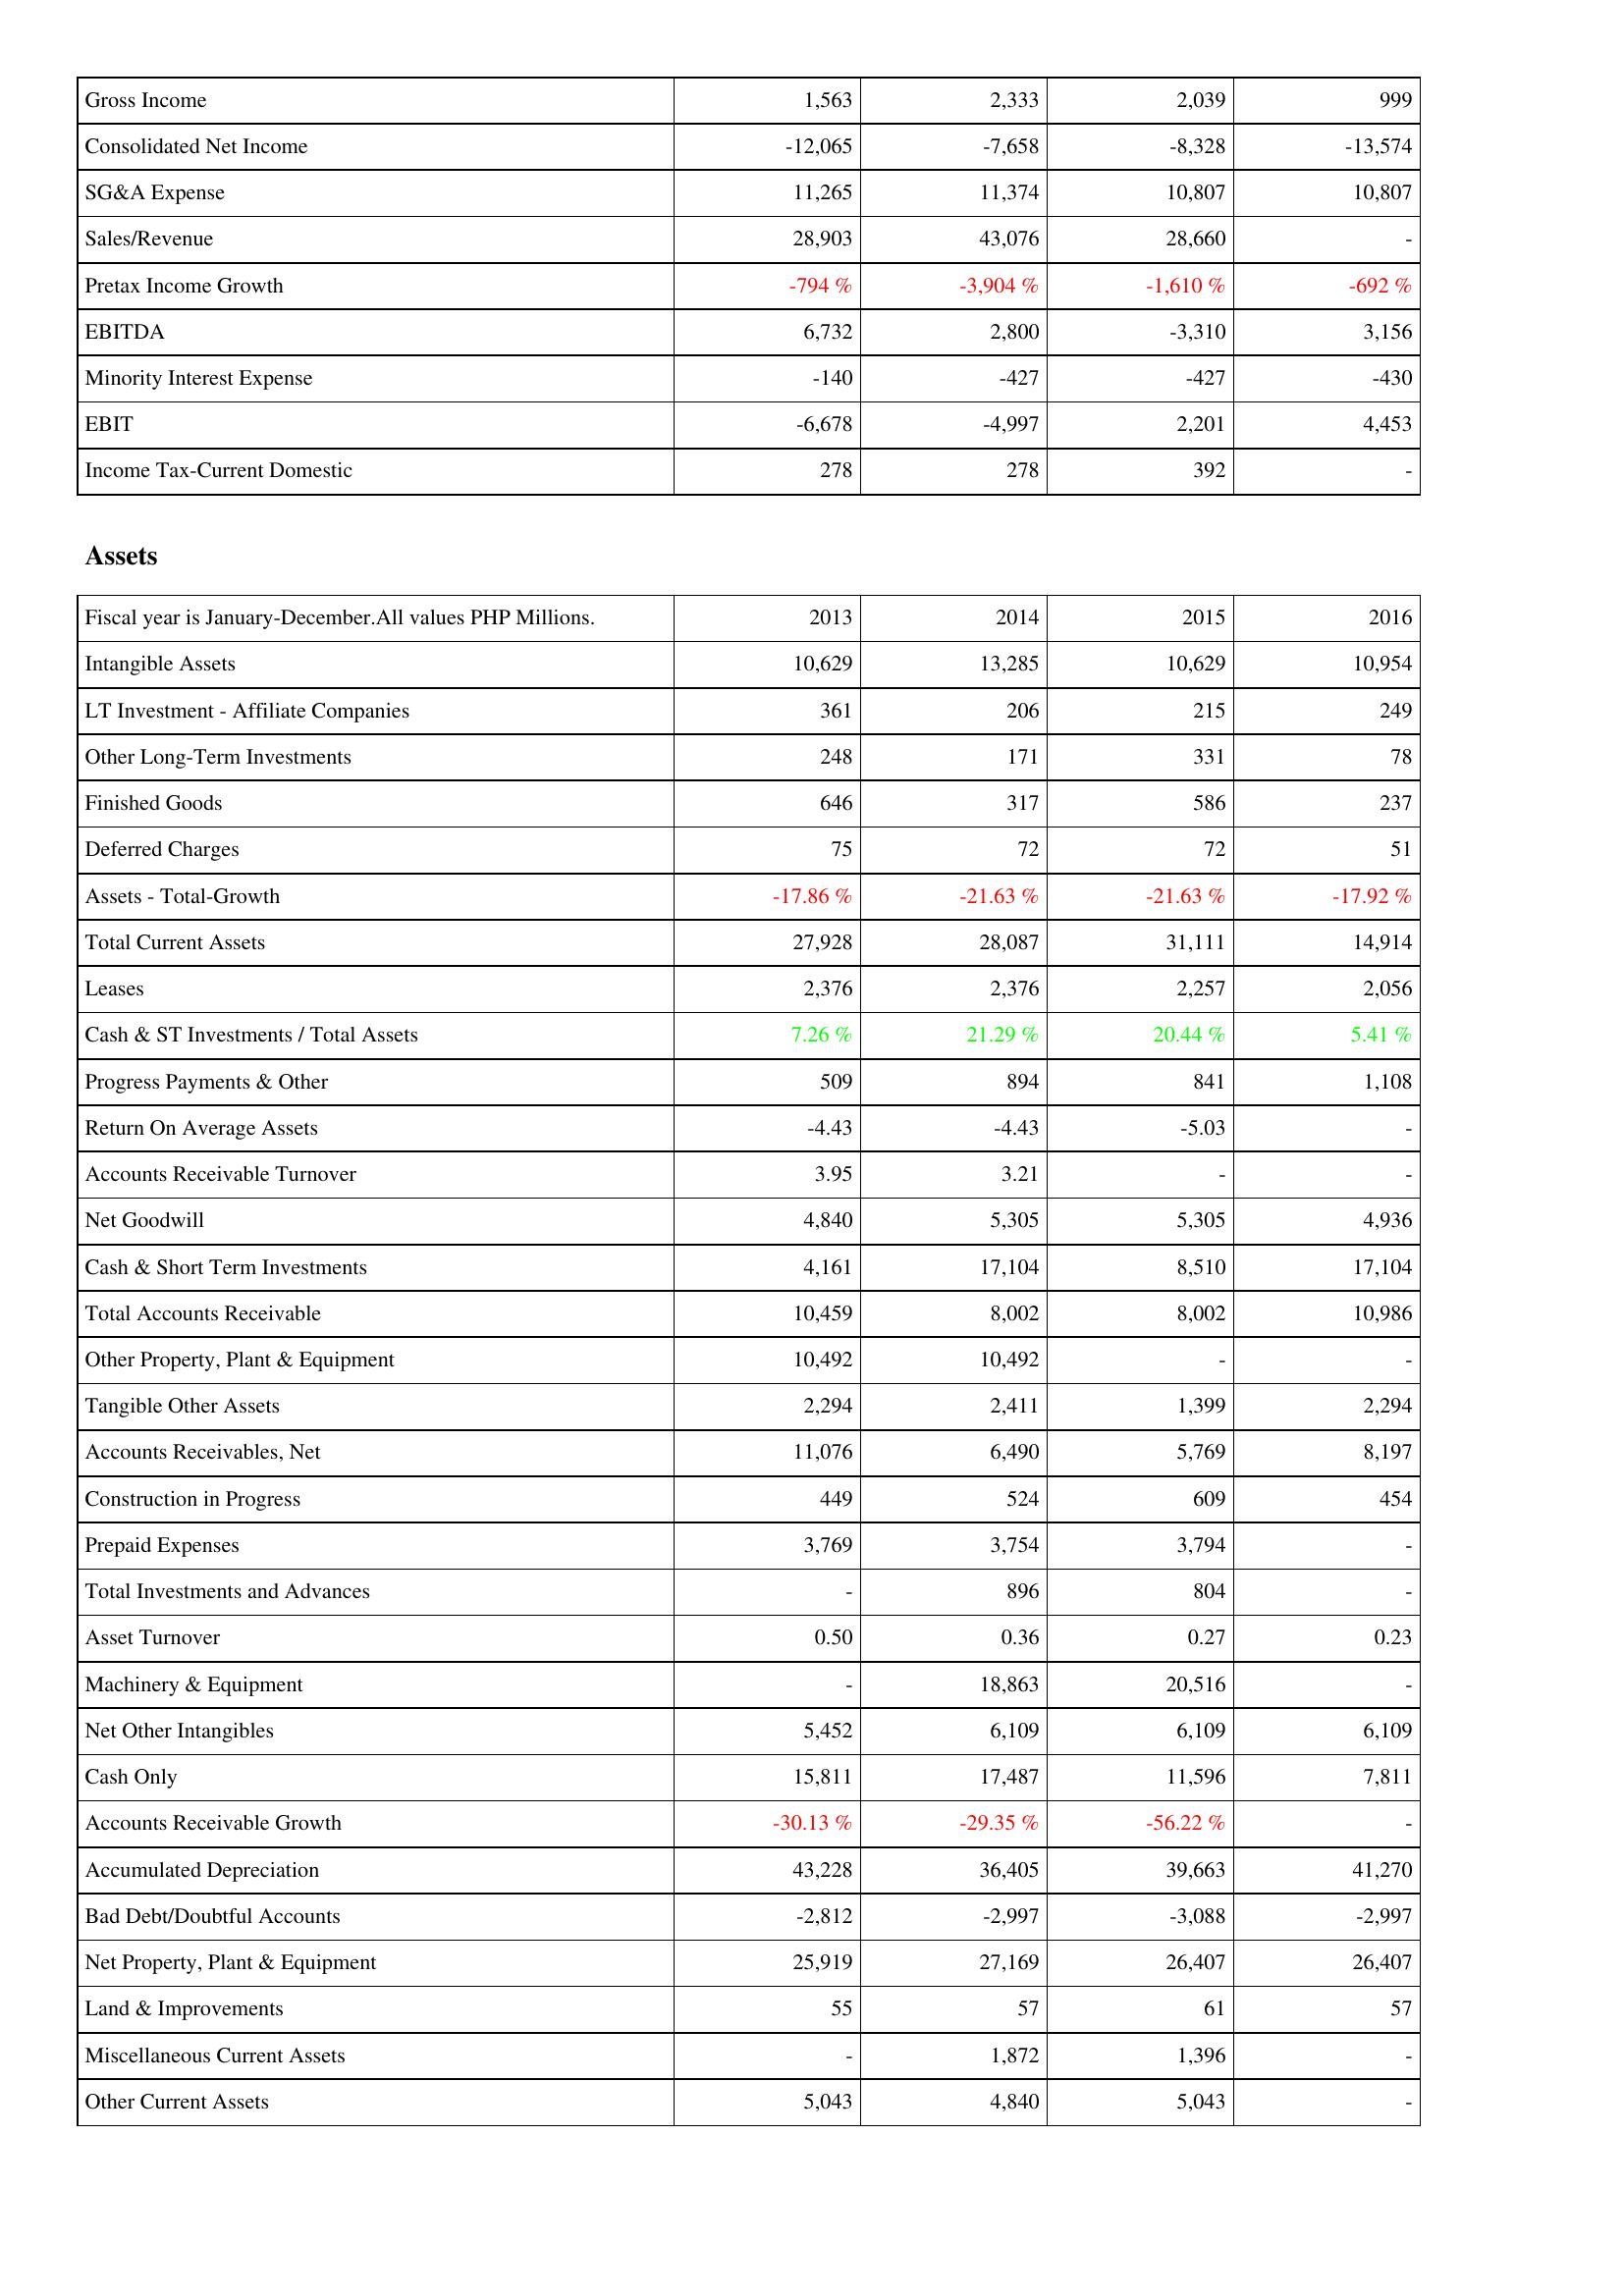
2013: Income Statement: Gross Income: 1,563
Consolidated Net Income: -12,065
SG&A Expense: 11,265
Sales/Revenue: 28,903
Pretax Income Growth: -794 %
EBITDA: 6,732
Minority Interest Expense: -140
EBIT: -6,678
Income Tax-Current Domestic: 278
Assets: Intangible Assets: 10,629
LT Investment - Affiliate Companies: 361
Other Long-Term Investments: 248
Finished Goods: 646
Deferred Charges: 75
Assets - Total-Growth: -17.86 %
Total Current Assets: 27,928
Leases: 2,376
Cash & ST Investments / Total Assets: 7.26 %
Progress Payments & Other: 509
Return On Average Assets: -4.43
Accounts Receivable Turnover: 3.95
Net Goodwill: 4,840
Cash & Short Term Investments: 4,161
Total Accounts Receivable: 10,459
Other Property, Plant & Equipment: 10,492
Tangible Other Assets: 2,294
Accounts Receivables, Net: 11,076
Construction in Progress: 449
Prepaid Expenses: 3,769
Total Investments and Advances: -
Asset Turnover: 0.50
Machinery & Equipment: -
Net Other Intangibles: 5,452
Cash Only: 15,811
Accounts Receivable Growth: -30.13 %
Accumulated Depreciation: 43,228
Bad Debt/Doubtful Accounts: -2,812
Net Property, Plant & Equipment: 25,919
Land & Improvements: 55
Miscellaneous Current Assets: -
Other Current Assets: 5,043
2014: Income Statement: Gross Income: 2,333
Consolidated Net Income: -7,658
SG&A Expense: 11,374
Sales/Revenue: 43,076
Pretax Income Growth: -3,904 %
EBITDA: 2,800
Minority Interest Expense: -427
EBIT: -4,997
Income Tax-Current Domestic: 278
Assets: Intangible Assets: 13,285
LT Investment - Affiliate Companies: 206
Other Long-Term Investments: 171
Finished Goods: 317
Deferred Charges: 72
Assets - Total-Growth: -21.63 %
Total Current Assets: 28,087
Leases: 2,376
Cash & ST Investments / Total Assets: 21.29 %
Progress Payments & Other: 894
Return On Average Assets: -4.43
Accounts Receivable Turnover: 3.21
Net Goodwill: 5,305
Cash & Short Term Investments: 17,104
Total Accounts Receivable: 8,002
Other Property, Plant & Equipment: 10,492
Tangible Other Assets: 2,411
Accounts Receivables, Net: 6,490
Construction in Progress: 524
Prepaid Expenses: 3,754
Total Investments and Advances: 896
Asset Turnover: 0.36
Machinery & Equipment: 18,863
Net Other Intangibles: 6,109
Cash Only: 17,487
Accounts Receivable Growth: -29.35 %
Accumulated Depreciation: 36,405
Bad Debt/Doubtful Accounts: -2,997
Net Property, Plant & Equipment: 27,169
Land & Improvements: 57
Miscellaneous Current Assets: 1,872
Other Current Assets: 4,840
2015: Income Statement: Gross Income: 2,039
Consolidated Net Income: -8,328
SG&A Expense: 10,807
Sales/Revenue: 28,660
Pretax Income Growth: -1,610 %
EBITDA: -3,310
Minority Interest Expense: -427
EBIT: 2,201
Income Tax-Current Domestic: 392
Assets: Intangible Assets: 10,629
LT Investment - Affiliate Companies: 215
Other Long-Term Investments: 331
Finished Goods: 586
Deferred Charges: 72
Assets - Total-Growth: -21.63 %
Total Current Assets: 31,111
Leases: 2,257
Cash & ST Investments / Total Assets: 20.44 %
Progress Payments & Other: 841
Return On Average Assets: -5.03
Accounts Receivable Turnover: -
Net Goodwill: 5,305
Cash & Short Term Investments: 8,510
Total Accounts Receivable: 8,002
Other Property, Plant & Equipment: -
Tangible Other Assets: 1,399
Accounts Receivables, Net: 5,769
Construction in Progress: 609
Prepaid Expenses: 3,794
Total Investments and Advances: 804
Asset Turnover: 0.27
Machinery & Equipment: 20,516
Net Other Intangibles: 6,109
Cash Only: 11,596
Accounts Receivable Growth: -56.22 %
Accumulated Depreciation: 39,663
Bad Debt/Doubtful Accounts: -3,088
Net Property, Plant & Equipment: 26,407
Land & Improvements: 61
Miscellaneous Current Assets: 1,396
Other Current Assets: 5,043
2016: Income Statement: Gross Income: 999
Consolidated Net Income: -13,574
SG&A Expense: 10,807
Sales/Revenue: -
Pretax Income Growth: -692 %
EBITDA: 3,156
Minority Interest Expense: -430
EBIT: 4,453
Income Tax-Current Domestic: -
Assets: Intangible Assets: 10,954
LT Investment - Affiliate Companies: 249
Other Long-Term Investments: 78
Finished Goods: 237
Deferred Charges: 51
Assets - Total-Growth: -17.92 %
Total Current Assets: 14,914
Leases: 2,056
Cash & ST Investments / Total Assets: 5.41 %
Progress Payments & Other: 1,108
Return On Average Assets: -
Accounts Receivable Turnover: -
Net Goodwill: 4,936
Cash & Short Term Investments: 17,104
Total Accounts Receivable: 10,986
Other Property, Plant & Equipment: -
Tangible Other Assets: 2,294
Accounts Receivables, Net: 8,197
Construction in Progress: 454
Prepaid Expenses: -
Total Investments and Advances: -
Asset Turnover: 0.23
Machinery & Equipment: -
Net Other Intangibles: 6,109
Cash Only: 7,811
Accounts Receivable Growth: -
Accumulated Depreciation: 41,270
Bad Debt/Doubtful Accounts: -2,997
Net Property, Plant & Equipment: 26,407
Land & Improvements: 57
Miscellaneous Current Assets: -
Other Current Assets: -